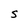
Character: S